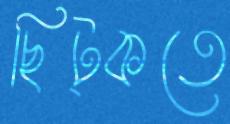
ছিট্‌কতে